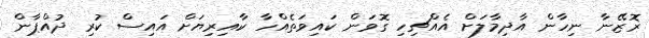
ޜޮޒޭނާ ނިހާން އާދިމާލަށް އެއްޗިހި ގޮވަން ކައިވަތެއްހާ ކާއިރިޔަށް އައިސް ކުރި ދުއްޕާން